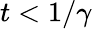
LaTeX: t<1/\gamma